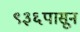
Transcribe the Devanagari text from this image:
९३६पासून